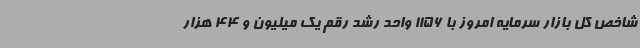
شاخص کل بازار سرمایه امروز با 1156 واحد رشد رقم یک میلیون و 44 هزار